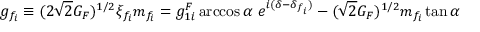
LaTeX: g _ { f _ { i } } \equiv ( 2 \sqrt { 2 } G _ { F } ) ^ { 1 / 2 } \xi _ { f _ { i } } m _ { f _ { i } } = g _ { 1 i } ^ { F } \operatorname { a r c c o s } \alpha \ e ^ { i ( \delta - \delta _ { f _ { i } } ) } - ( \sqrt { 2 } G _ { F } ) ^ { 1 / 2 } m _ { f _ { i } } \tan \alpha